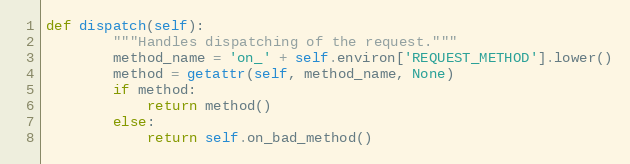
Language: Python
def dispatch(self):
        """Handles dispatching of the request."""
        method_name = 'on_' + self.environ['REQUEST_METHOD'].lower()
        method = getattr(self, method_name, None)
        if method:
            return method()
        else:
            return self.on_bad_method()